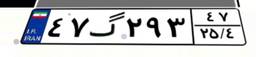
۹۴گ۹۹۸۳۲